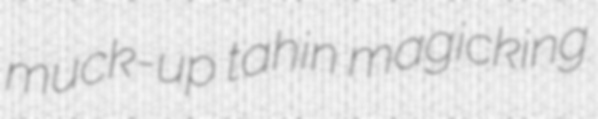
muck-up tahin magicking